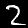
Label: 2